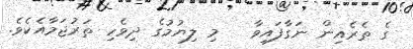
ގެ ތެރެއިން ނަގާފައިވާ   މި ލިޔުމުގެ ދިވެހި ތަރުޖަމާއެކެވެ.